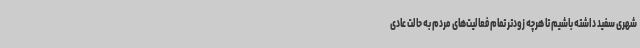
شهری سفید داشته باشیم تا هرچه زودتر تمام فعالیت‌های مردم به حالت عادی